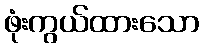
ဖုံးကွယ်ထားသော